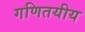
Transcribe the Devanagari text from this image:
गणितयीय